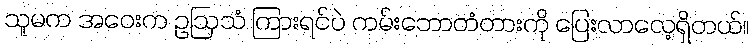
သူမက အဝေးက ဥဩသံ ကြားရင်ပဲ ကမ်းဘောတံတားကို ပြေးလာလေ့ရှိတယ်။